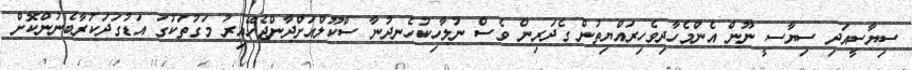
ސިޔާސީއަދި ސިޔާސީ ނޫން އެންމެހާދިވެހިރައްޔިތުން ގެދަރިން ވެސް ނުލާހިކުހެނދުނާ ސްކޫލްއަށްދާންޖެހޭއިރު މަގުތަކުގަ އަޑުގަދަކުރާބެނުންކޮށް